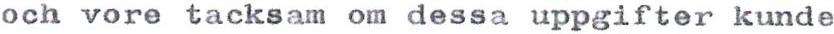
och vore tacksam om dessa uppgifter kunde